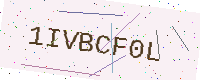
Text: 1IVBCF0L